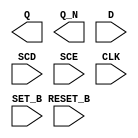
module sky130_fd_sc_lp__sdfbbp (
    Q      ,
    Q_N    ,
    D      ,
    SCD    ,
    SCE    ,
    CLK    ,
    SET_B  ,
    RESET_B
);

    output Q      ;
    output Q_N    ;
    input  D      ;
    input  SCD    ;
    input  SCE    ;
    input  CLK    ;
    input  SET_B  ;
    input  RESET_B;

    // Voltage supply signals
    supply1 VPWR;
    supply0 VGND;
    supply1 VPB ;
    supply0 VNB ;

endmodule